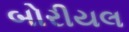
બોરીયલ